Document type: Sale
Year: 1461
Scribe: [Unknown]
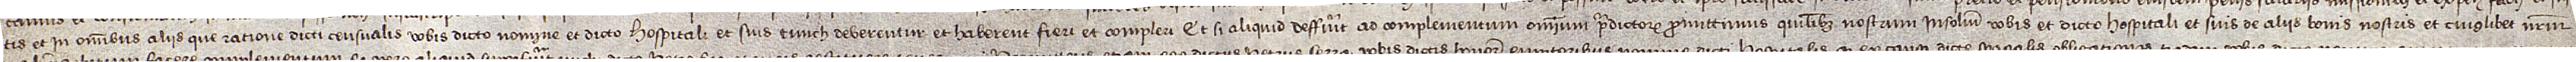
tis, et in omnibus aliis que ratione dicti censualis vobis dicto nomine et dicto hospitali et suis tunch deberentur et haberent fieri et compleri. Et si aliquid deffuerit ad complementum omnium predictorum, promittimus quilibet nostrum insolidum vobis et dicto hospitali et suis de aliis bonis nostris et cuiuslibet nostrum